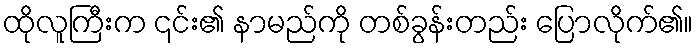
ထိုလူကြီးက ၎င်း၏ နာမည်ကို တစ်ခွန်းတည်း ပြောလိုက်၏။